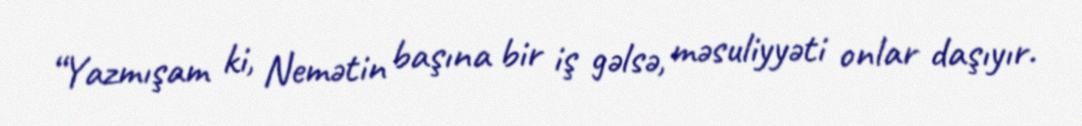
“Yazmışam ki, Nemətin başına bir iş gəlsə, məsuliyyəti onlar daşıyır.